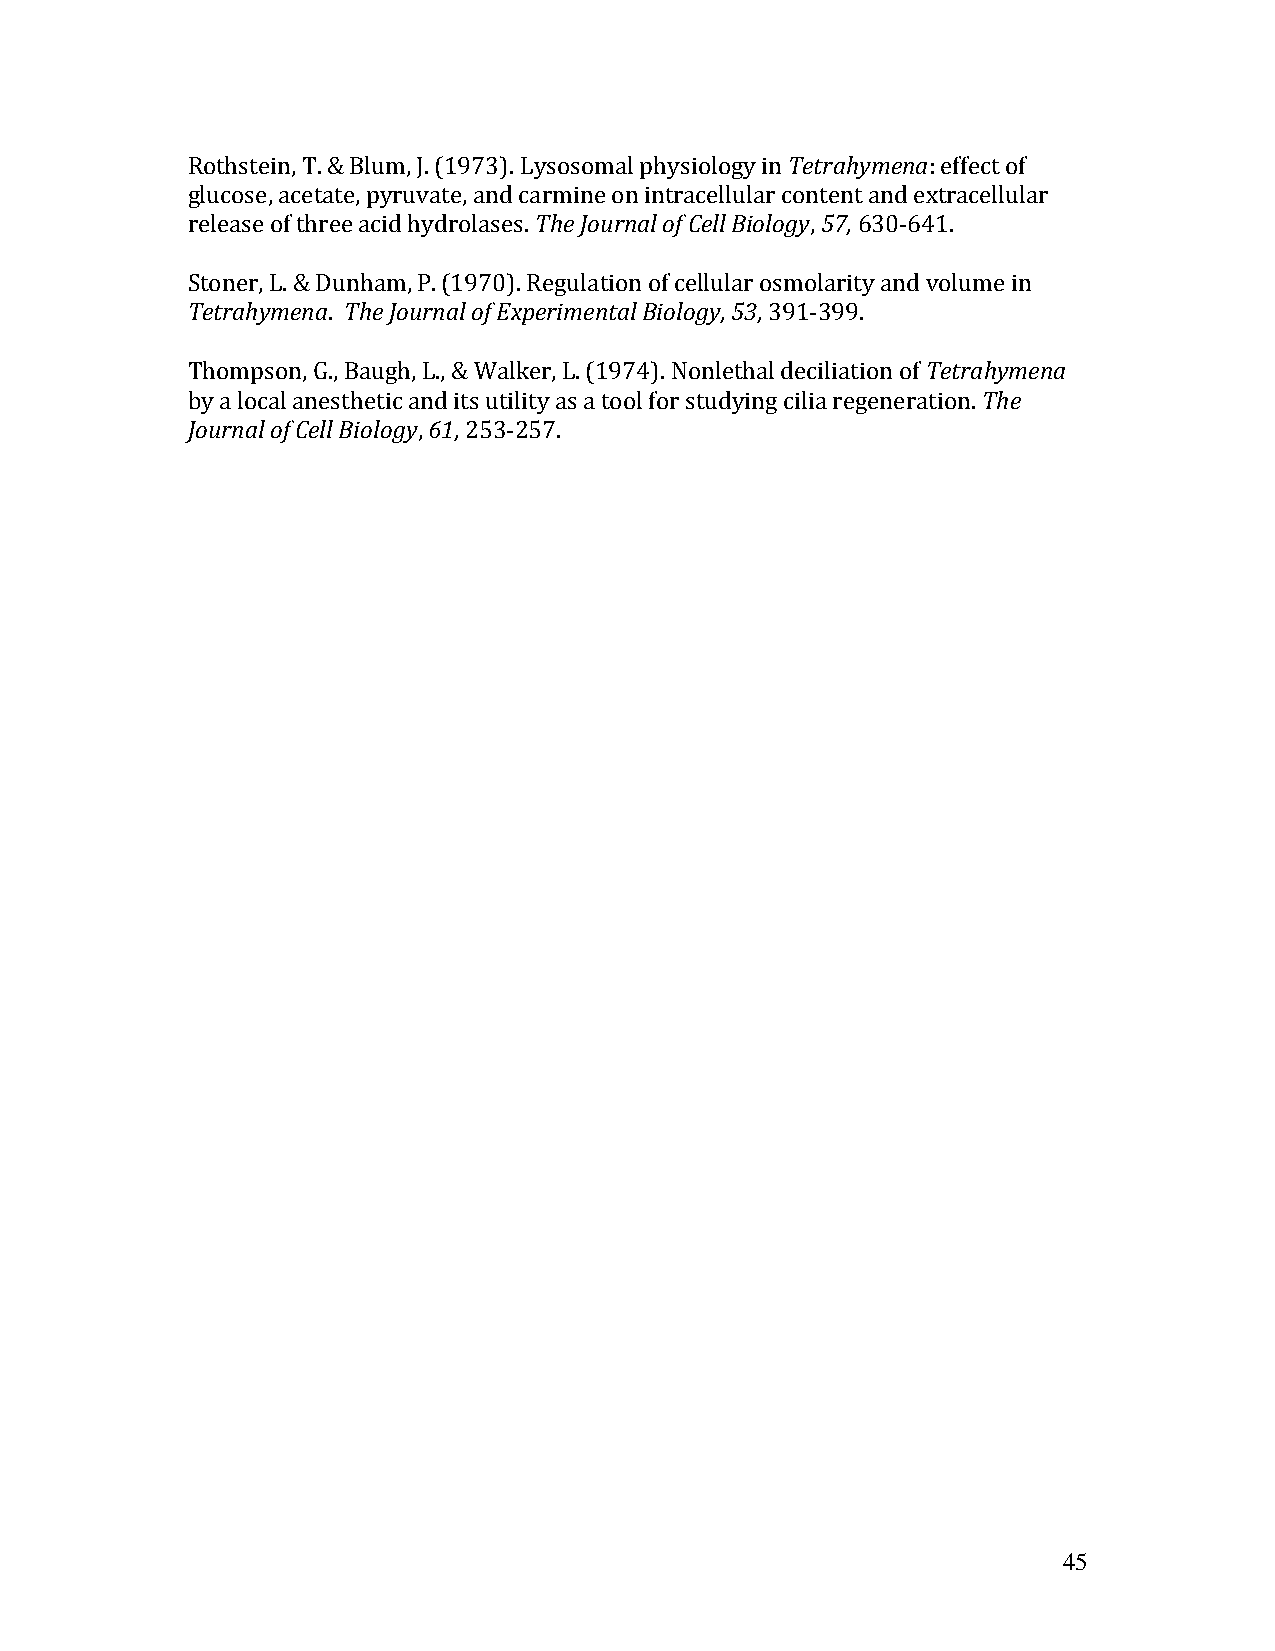
Rothstein, T. & Blum, J. (1973). Lysosomal physiology in Tetrahymena: effect of
 glucose, acetate, pyruvate, and carmine on intracellular content and extracellular
 release of three acid hydrolases. The Journal of Cell Biology, 57, 630-641.
 Stoner, L. & Dunham, P. (1970). Regulation of cellular osmolarity and volume in
 Tetrahymena. The Journal of Experimental Biology, 53, 391-399.
 Thompson, G., Baugh, L., & Walker, L. (1974). Nonlethal deciliation of Tetrahymena
 by a local anesthetic and its utility as a tool for studying cilia regeneration. The
 Journal of Cell Biology, 61, 253-257.
 45